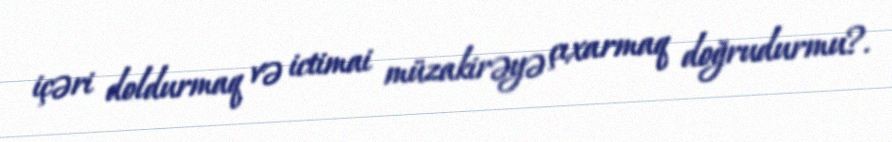
içəri doldurmaq və ictimai müzakirəyə çıxarmaq doğrudurmu?.